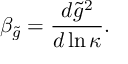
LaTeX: \beta _ { \tilde { g } } = \frac { d \tilde { g } ^ { 2 } } { d \ln \kappa } .